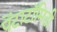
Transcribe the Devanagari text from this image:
पेंटाटॉमिडी